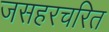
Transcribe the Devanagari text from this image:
जसहरचरित